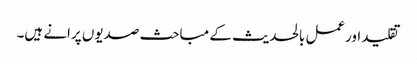
تقلید اورعمل بالحدیث کے مباحث صدیوں پرانے ہیں۔